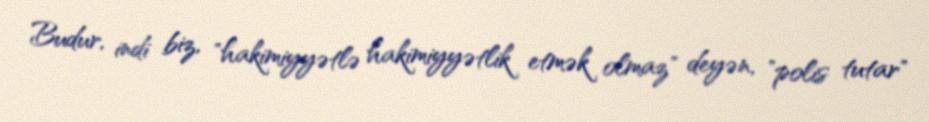
Budur, indi biz, "hakimiyyətlə hakimiyyətlik etmək olmaz" deyən, "polis tutar"